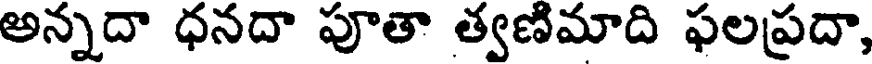
అన్నదా ధనదా పూతా త్వణిమాది ఫలప్రదా,